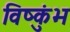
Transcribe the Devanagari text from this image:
विष्कुंभ